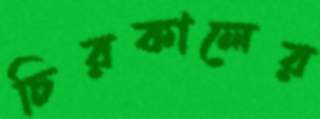
চিরকালের